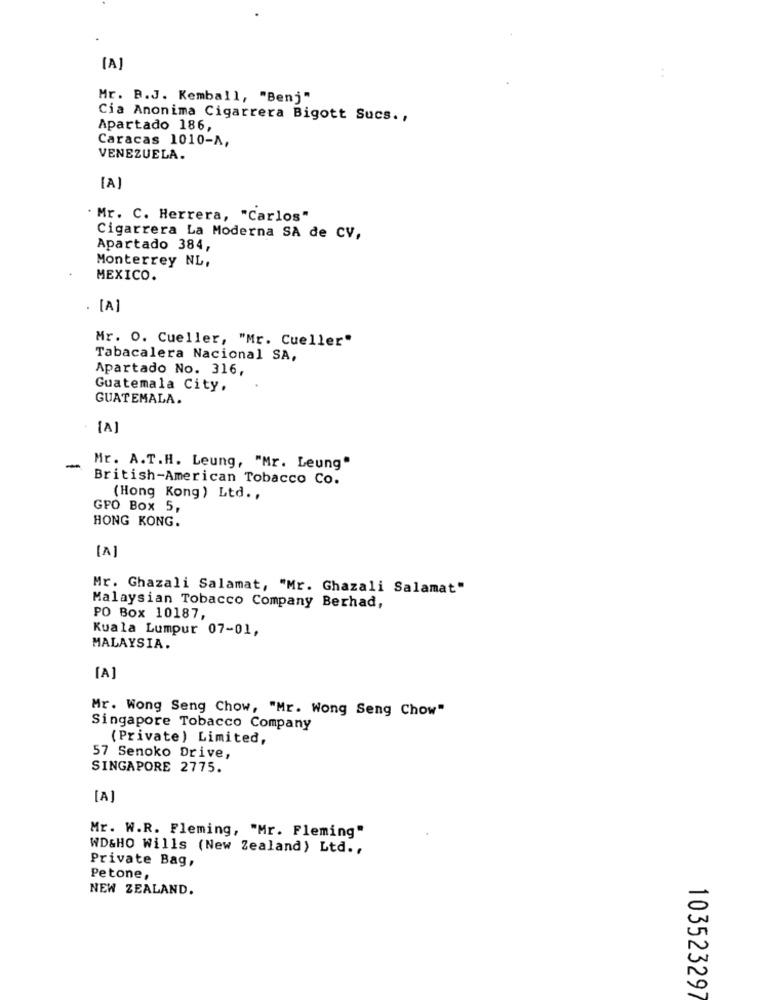
[A]
Mr. B.J. Kemball, "Benj"
Cia Anonima Cigarrera Bigott Sucs .,
Apartado 186,
Caracas 1010-A,
VENEZUELA.
[A]
. Mr. C. Herrera, "Carlos"
Cigarrera La Moderna SA de CV,
Apartado 384,
Monterrey NL,
MEXICO.
· [A]
Mr. O. Cueller, "Mr. Cueller"
Tabacalera Nacional SA,
Apartado No. 316,
Guatemala City.
GUATEMALA.
[A]
-
Mr. A.T.H. Leung, "Mr. Leung"
British-American Tobacco Co.
(Hong Kong ) Ltd .,
GPO Box 5,
HONG KONG.
[A]
Mr. Ghazali Salamat, "Mr. Ghazali Salamat"
Malaysian Tobacco Company Berhad,
PO Box 10187,
Kuala Lumpur 07-01,
MALAYSIA.
[A]
Mr. Wong Seng Chow, "Mr. Wong Seng Chow"
Singapore Tobacco Company
(Private) Limited,
57 Senoko Drive,
SINGAPORE 2775.
[A]
Mr. W.R. Fleming, "Mr. Fleming"
WD&HO Wills (New Zealand) Ltd .,
Private Bag,
Petone,
NEW ZEALAND.
103523297